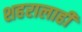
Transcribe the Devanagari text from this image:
शहरालाही